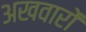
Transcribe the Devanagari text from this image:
अखवारों